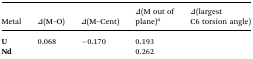
<table><thead><tr><td><b>Metal</b></td><td><b><i>Δ</i>(M–O)</b></td><td><b><i>Δ</i>(M–Cent)</b></td><td><b><i>Δ</i>(M out of plane)<sup><i>a</i></sup></b></td><td><b><i>Δ</i>(largest C6 torsion angle)</b></td></tr></thead><tbody><tr><td><b>U</b></td><td>0.068</td><td>–0.170</td><td>0.193</td><td>[EMPTY_CELL]</td></tr><tr><td><b>Nd</b></td><td>[EMPTY_CELL]</td><td>[EMPTY_CELL]</td><td>0.262</td><td>[EMPTY_CELL]</td></tr></tbody></table>